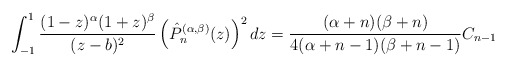
\begin{align*}\int_{-1}^1\frac{(1-z)^{\alpha}(1+z)^{\beta}}{(z-b)^2}\left(\hat{P}_n^{(\alpha,\beta)}(z)\right)^2dz=\frac{(\alpha+n)(\beta+n)}{4(\alpha+n-1)(\beta+n-1)}C_{n-1}\end{align*}